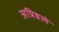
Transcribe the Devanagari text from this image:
अन्निबले